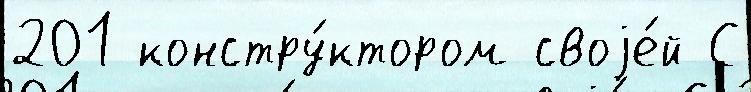
201 констру́ктором своjе́й С